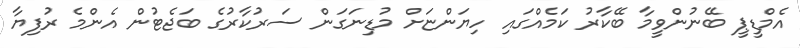
އެމްޑީޕީ ބޭނުންވީމާ ބޭކާރު ކަމެއްގައި ހިޔަންޏަށް މުޑިނަގަން ސަރުކާރުގެ ބަޖެޓުން އެންމެ ރުފިޔާ